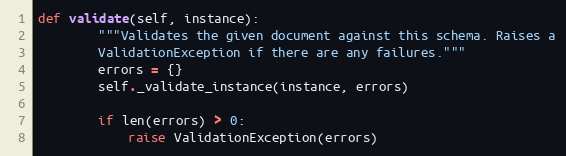
Language: Python
def validate(self, instance):
        """Validates the given document against this schema. Raises a
        ValidationException if there are any failures."""
        errors = {}
        self._validate_instance(instance, errors)

        if len(errors) > 0:
            raise ValidationException(errors)